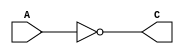
`timescale 10ns/10ns
module invert64 (A, C);
	input [63:0] A;
	output reg [63:0] C;
	
	always @(*) begin
	 C=~A;
	end
endmodule